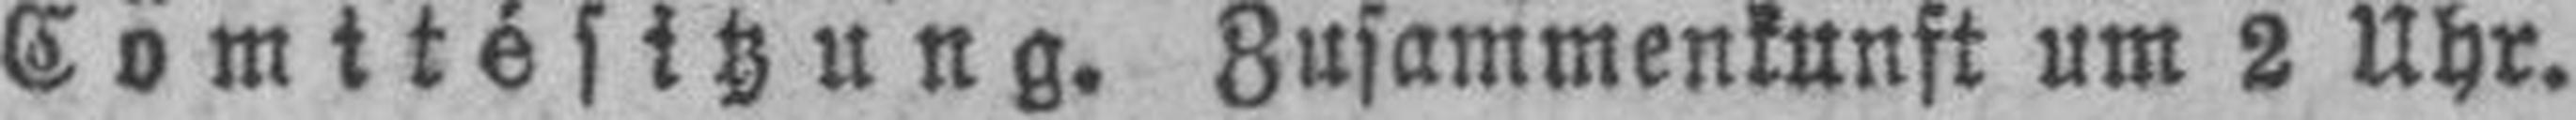
Comitésitzung. Zusammenkunft um 2 Uhr.